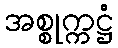
အစ္စုက္ကဋ္ဌံ